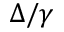
\Delta / \gamma